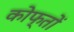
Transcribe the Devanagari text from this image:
कोफ्तों